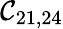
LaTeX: \mathcal{C}_{21,24}